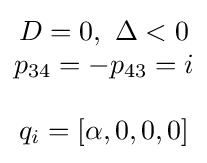
\scriptstyle {\begin{matrix}D=0,\ \Delta <0\\p_{34}=-p_{43}=i\\\\q_{i}=[\alpha ,0,0,0]\end{matrix}}